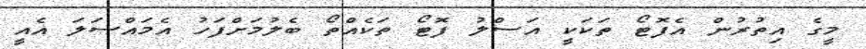
މީގެ އިތުރުން އެފޮޓޯ ތަކަކީ އަސްލު ފޮޓޯ ތަކެއްތޯ ބެލުމަށްފަހު އެމައްސަލަ އެއީ